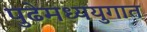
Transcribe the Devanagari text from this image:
पुढेमध्ययुगात